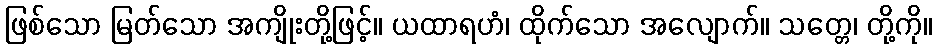
ဖြစ်သော မြတ်သော အကျိုးတို့ဖြင့်။ ယထာရဟံ၊ ထိုက်သော အလျောက်။ သတ္တေ၊ တို့ကို။